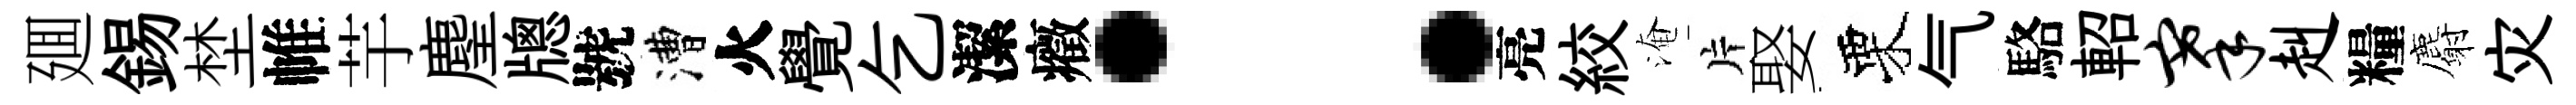
廽錫埜帷芋麈牕號漕火覺乞潔癥：亮絞淹片娶栗气駱軺搴赳糧麝灾